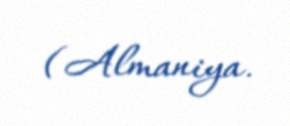
(Almaniya.